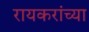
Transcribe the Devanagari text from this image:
रायकरांच्या